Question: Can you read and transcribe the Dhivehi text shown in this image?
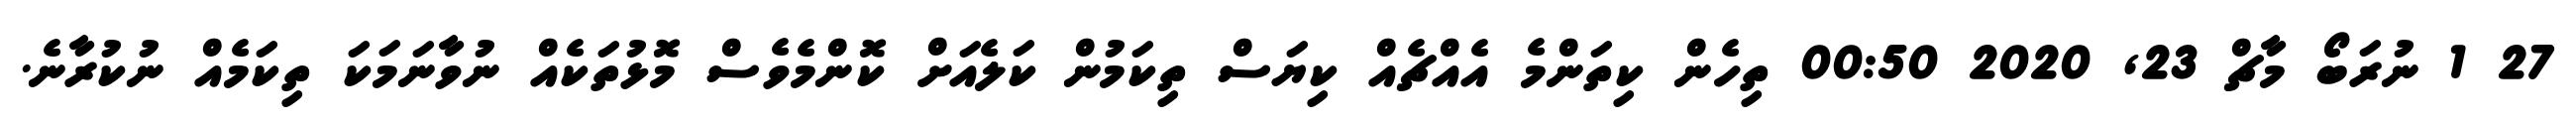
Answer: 27 1 ނުރަބޯ މާޗް 23, 2020 00:50 ތިހެން ކިތަންމެ އެއްޗެއް ކިޔަސް ތިކަމުން ކަލެއަށް ކޮންމެވެސް މޮޅުތަކެއް ނުވާނަމަކަ ތިކަމެއް ނުކުރާނެ.